Annual administration report of the Civil Veterinary Department of India - 1895-1896
Year: 1895
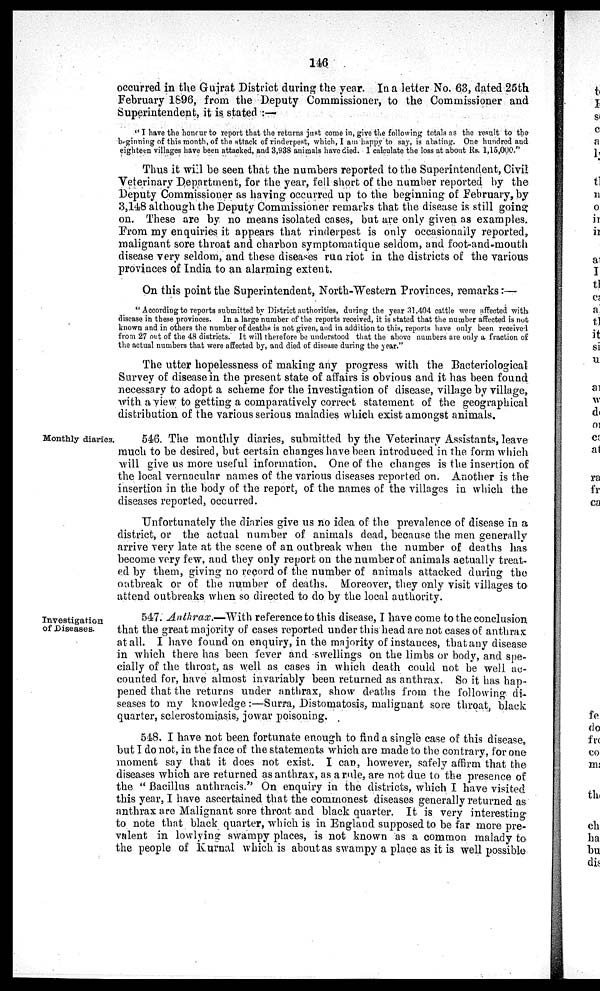
146
occurred in the Gujrat District during the year. In a letter No. 63, dated 25th
February 1896, from the Deputy Commissioner, to the Commissioner and
Superintendent, it is stated:—
"I have the honour to report that the returns just come in, give the following totals as the result to the
beginging of this month, of the attack of rinderpest, which, I am happy to say, is abating. One hundred and
eighteen villages have been attacked, and 3,938 animals have died. I calculate the loss at about Rs. 1,15,000."
Thus it will be seen that the numbers reported to the Superintendent, Civil
Veterinary Department, for the year, fell short of the number reported by the
Deputy Commissioner as having occurred up to the beginning of February, by
3,148 although the Deputy Commissioner remarks that the disease is still going
on. These are by no means isolated cases, but are only given as examples.
From my enquiries it appears that rinderpest is only occasionally reported,
malignant sore throat and charbon symptomatique seldom, and foot-and-mouth
disease very seldom, and these diseases run riot in the districts of the various
provinces of India to an alarming extent.
On this point the Superintendent, North-Western Provinces, remarks:—
"According to reports submitted by District authorities, during the year 31,404 cattle were affected with
disease in these provinces. In a large number of the reports received, it is stated that the number affected is not
known and in others the number of deaths is not given, and in addition to this, reports have only been received
from 27 out of the 48 districts. It will therefore be understood that the above numbers are only a fraction of
the actual numbers that were affected by, and died of disease during the year."
The utter hopelessness of making any progress with the Bacteriological
Survey of disease in the present state of affairs is obvious and it has been found
necessary to adopt a scheme for the investigation of disease, village by village,
with a view to getting a comparatively correct statement of the geographical
distribution of the various serious maladies which exist amongst animals.
Monthly diaries.
546. The monthly diaries, submitted by the Veterinary Assistants, leave
much to be desired, but certain changes have been introduced in the form which
will give us more useful information. One of the changes is the insertion of
the local vernacular names of the various diseases reported on. Another is the
insertion in the body of the report, of the names of the villages in which the
diseases reported, occurred.
Unfortunately the diaries give us no idea of the prevalence of disease in a
district, or the actual number of animals dead, because the men generally
arrive very late at the scene of an outbreak when the number of deaths has
become very few, and they only report on the number of animals actually treat-
ed by them, giving no record of the number of animals attacked during the
outbreak or of the number of deaths. Moreover, they only visit villages to
attend outbreaks when so directed to do by the local authority.
Investigation
of Diseases.
547. Anthrax.—With reference to this disease, I have come to the conclusion
that the great majority of cases reported under this head are not cases of anthrax
at all. I have found on enquiry, in the majority of instances, that any disease
in which there has been fever and -swellings on the limbs or body, and spe-
cially of the throat, as well as cases in which death could not be well ac-
counted for, have almost invariably been returned as anthrax. So it has hap-
pened that the returns under anthrax, show deaths from the following di-
seases to my knowledge:—Surra, Distomatosis, malignant sore throat, black
quarter, sclerostomiasis, jowar poisoning.
548. I have not been fortunate enough to find a single case of this disease,
but I do not, in the face of the statements which are made to the contrary, for one
moment say that it does not exist. I can, however, safely affirm that the
diseases which are returned as anthrax, as a rule, are not due to the presence of
the "Bacillus anthracis." On enquiry in the districts, which I have visited
this year, I have ascertained that the commonest diseases generally returned as
anthrax are Malignant sore throat and black quarter. It is very interesting
to note that black quarter, which is in England supposed to be far more pre-
valent in lowlying swampy places, is not known as a common malady to
the people of Kurnal which is about as swampy a place as it is well possible